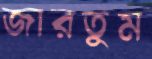
জারতুম